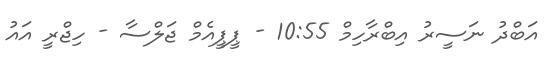
އަބްދު ނަސީރު އިބްރާހިމް 10:55 - ޕީޕީއެމް ޖަލްސާ - ހިޖްރީ އައު